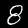
Digit: 8